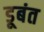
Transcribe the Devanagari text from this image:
डूबंत